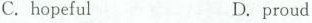
C.hopefulD. proud